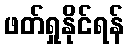
ဖတ်ရှုနိုင်ရန်